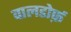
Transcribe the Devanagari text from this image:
वालडोर्फ़